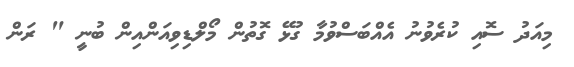
މިއަދު ސޮއި ކުރެވުނު އެއްބަސްވުމާ ގުޅޭ ގޮތުން މޯލްޑިވިއަންއިން ބުނީ " ރަން